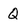
Character: Q